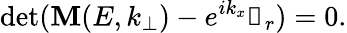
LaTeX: \operatorname*{det}(\mathbf{M}(E,k_{\bot})-e^{ik_{x}}\mathbb{{1}}_{r})=0.